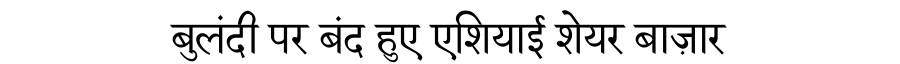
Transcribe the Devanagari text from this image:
बुलंदी पर बंद हुए एशियाई शेयर बाज़ार